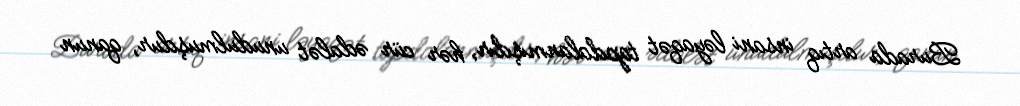
Burada artıq insani ləyaqət tapdalanmışdır, hər cür ədalət unudulmuşdur, qanun